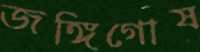
জঙ্গিগোষ